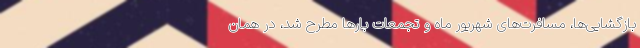
بازگشایی‌ها، مسافرت‌های شهریور ماه و تجمعات بارها مطرح شد، در همان